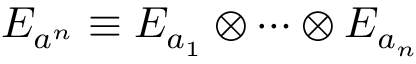
E _ { a ^ { n } } \equiv E _ { a _ { 1 } } \otimes \cdots \otimes E _ { a _ { n } }